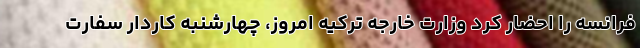
فرانسه را احضار کرد وزارت خارجه ترکیه امروز، چهارشنبه کاردار سفارت